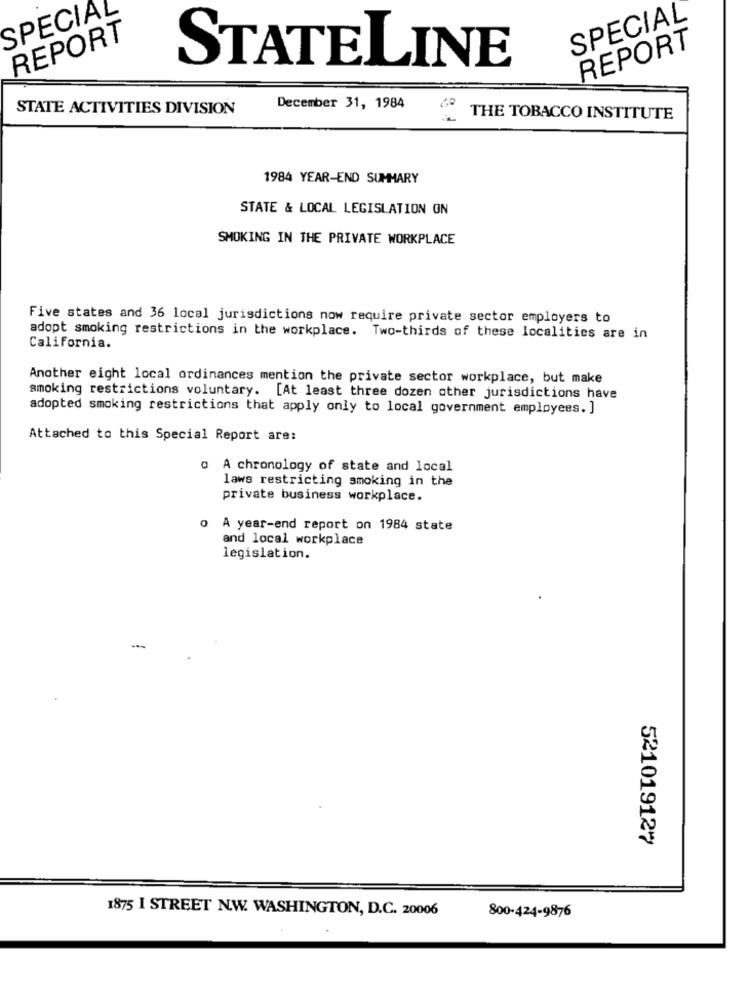
SPECIAL
SPECIAL
REPORT
REPORT
STATELINE
STATE ACTIVITIES DIVISION
December 31, 1984
THE TOBACCO INSTITUTE
1984 YEAR-END SUMMARY
STATE & LOCAL LEGISLATION ON
SMOKING IN THE PRIVATE WORKPLACE
Five states and 36 local jurisdictions now require private sector employers to
adopt smoking restrictions in the workplace. Two-thirds of these localities are in
California.
Another eight local ordinances mention the private sector workplace, but make
smoking restrictions voluntary. [At least three dozen other jurisdictions have
adopted smoking restrictions that apply only to local government employees. ]
Attached to this Special Report are:
o A chronology of state and local
laws restricting smoking in the
private business workplace.
o A year-end report on 1984 state
and local workplace
legislation.
-
521019127
1875 I STREET N.W. WASHINGTON, D.C. 20006
800-424-9876